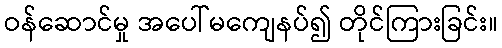
ဝန်ဆောင်မှု အပေါ်မကျေနပ်၍ တိုင်ကြားခြင်း။